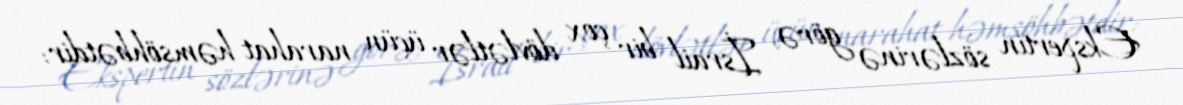
Ekspertin sözlərinə görə, İsrail bir çox dövlətlər üçün narahat həmsöhbətdir: